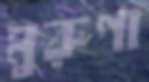
মুরুগা